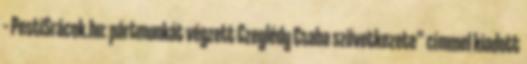
– PestiSrácok.hu: pártmunkát végzett Czeglédy Csaba szövetkezete” címmel kiadott